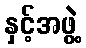
နှင့်အဖွဲ့